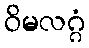
ဝိမလဂ္ဂံ